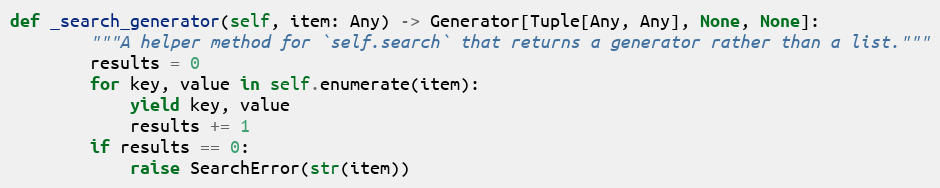
Language: Python
def _search_generator(self, item: Any) -> Generator[Tuple[Any, Any], None, None]:
        """A helper method for `self.search` that returns a generator rather than a list."""
        results = 0
        for key, value in self.enumerate(item):
            yield key, value
            results += 1
        if results == 0:
            raise SearchError(str(item))